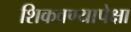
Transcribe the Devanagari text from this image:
शिकवण्यापेक्षा